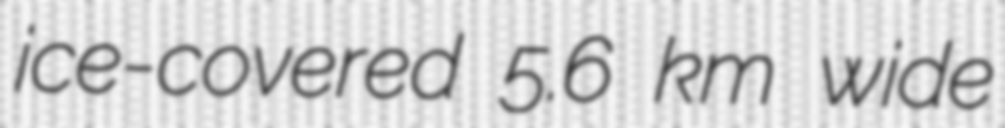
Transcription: ice-covered 5.6 km wide